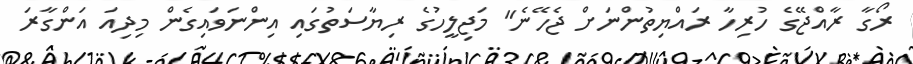
ރޯގާ ރާއްޖޭގެ ހުރިހާ ރައްޔިތުންނަށް ޖެހޭނެ" މަޖިލީހުގެ ރިޔާސަތުގައި އިންނަވައިގެން މިދިއަ އަންގާރަ